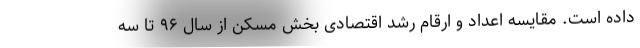
داده است. مقایسه اعداد و ارقام رشد اقتصادی بخش مسکن از سال ۹۶ تا سه